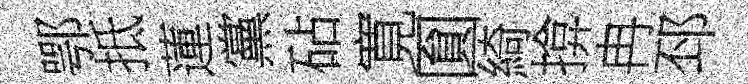
鄂抵蓮黨砧寛圎綺揜冉邳